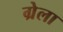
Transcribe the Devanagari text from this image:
ग्रेला